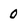
Character: 0